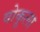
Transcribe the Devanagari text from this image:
वोकूला